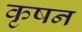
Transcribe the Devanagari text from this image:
कृषन